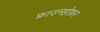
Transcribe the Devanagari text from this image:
फ्राउनहोफ़र